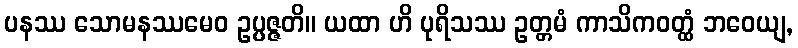
ပနဿ သောမနဿမေဝ ဥပ္ပဇ္ဇတိ။ ယထာ ဟိ ပုရိသဿ ဥတ္တမံ ကာသိကဝတ္ထံ ဘဝေယျ,